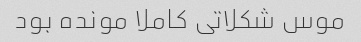
موس شکلاتی کاملا مونده بود